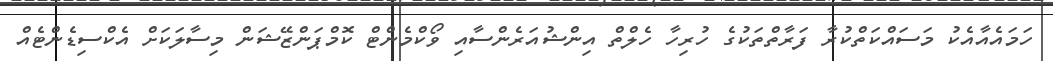
ހަމައެއާއެކު މަސައްކަތްކުރާ ފަރާތްތަކުގެ ހުރިހާ ހެލްތް އިންޝުއަރެންސާއި ވޯކްމެންޓް ކޮމްޕަންޒޭޝަން މިސާލަކަށް އެކްސިޑެންޓެއް